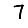
Digit: 7